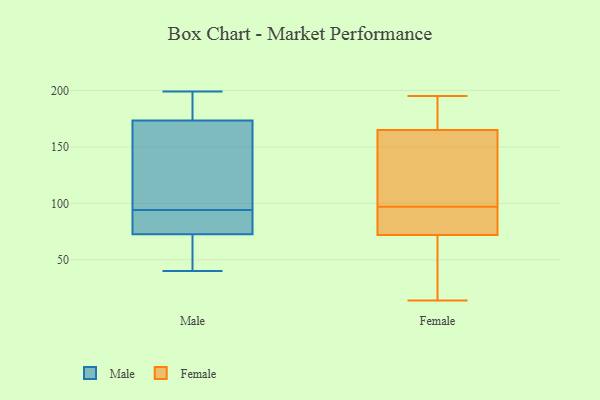
{"axis": {"x": "Temperature (°C)", "y": "Value"}, "legend": ["Female", "Male"], "data": [{"x": "", "y": 94, "type": "Male"}, {"x": "", "y": 74, "type": "Male"}, {"x": "", "y": 72, "type": "Male"}, {"x": "", "y": 193, "type": "Male"}, {"x": "", "y": 63, "type": "Male"}, {"x": "", "y": 79, "type": "Male"}, {"x": "", "y": 104, "type": "Male"}, {"x": "", "y": 145, "type": "Male"}, {"x": "", "y": 40, "type": "Male"}, {"x": "", "y": 183, "type": "Male"}, {"x": "", "y": 199, "type": "Male"}, {"x": "", "y": 14, "type": "Female"}, {"x": "", "y": 32, "type": "Female"}, {"x": "", "y": 72, "type": "Female"}, {"x": "", "y": 125, "type": "Female"}, {"x": "", "y": 84, "type": "Female"}, {"x": "", "y": 22, "type": "Female"}, {"x": "", "y": 195, "type": "Female"}, {"x": "", "y": 165, "type": "Female"}, {"x": "", "y": 184, "type": "Female"}, {"x": "", "y": 110, "type": "Female"}, {"x": "", "y": 171, "type": "Female"}, {"x": "", "y": 84, "type": "Female"}, {"x": "", "y": 110, "type": "Female"}, {"x": "", "y": 80, "type": "Female"}]}